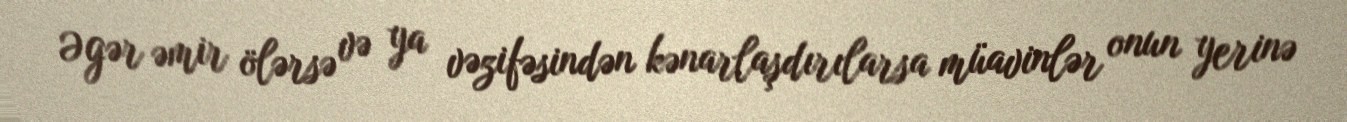
Əgər əmir ölərsə və ya vəzifəsindən kənarlaşdırılarsa müavinlər onun yerinə